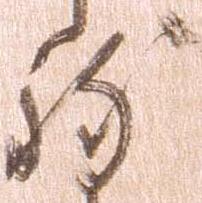
致